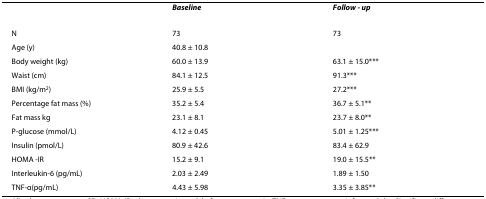
<table><thead><tr><td></td><td><b><i>Baseline</i></b></td><td><b><i>Follow - up</i></b></td></tr></thead><tbody><tr><td>N</td><td>73</td><td>73</td></tr><tr><td>Age (y)</td><td>40.8 ± 10.8</td><td></td></tr><tr><td>Body weight (kg)</td><td>60.0 ± 13.9</td><td>63.1 ± 15.0***</td></tr><tr><td>Waist (cm)</td><td>84.1 ± 12.5</td><td>91.3***</td></tr><tr><td>BMI (kg/m<sup>2</sup>)</td><td>25.9 ± 5.5</td><td>27.2***</td></tr><tr><td>Percentage fat mass (%)</td><td>35.2 ± 5.4</td><td>36.7 ± 5.1**</td></tr><tr><td>Fat mass kg</td><td>23.1 ± 8.1</td><td>23.7 ± 8.0**</td></tr><tr><td>P-glucose (mmol/L)</td><td>4.12 ± 0.45</td><td>5.01 ± 1.25***</td></tr><tr><td>Insulin (pmol/L)</td><td>80.9 ± 42.6</td><td>83.4 ± 62.9</td></tr><tr><td>HOMA -IR</td><td>15.2 ± 9.1</td><td>19.0 ± 15.5**</td></tr><tr><td>Interleukin-6 (pg/mL)</td><td>2.03 ± 2.49</td><td>1.89 ± 1.50</td></tr><tr><td>TNF-α(pg/mL)</td><td>4.43 ± 5.98</td><td>3.35 ± 3.85**</td></tr></tbody></table>